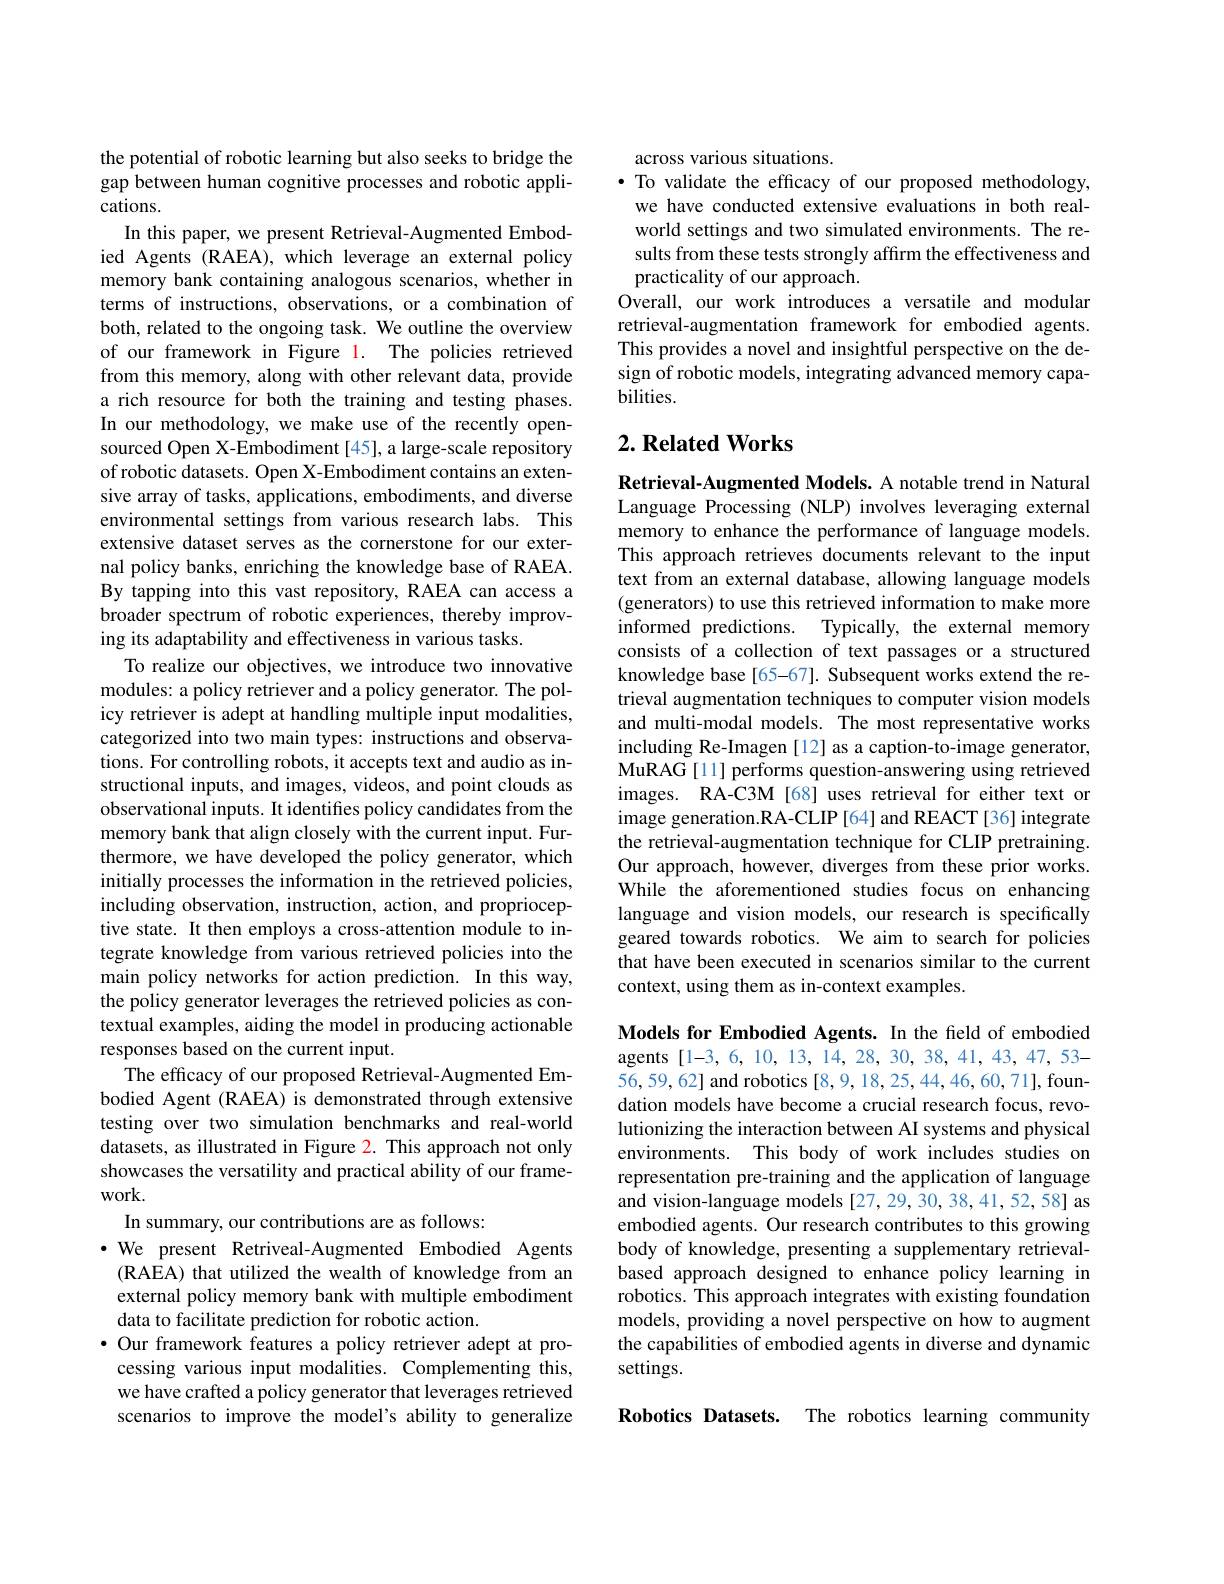
the potential of robotic learning but also seeks to bridge the gap between human cognitive processes and robotic applications.
In this paper, we present Retrieval-Augmented Embodied Agents (RAEA), which leverage an external policy memory bank containing analogous scenarios, whether in terms of instructions, observations, or a combination of both, related to the ongoing task. We outline the overview of our framework in Figure l. The policies retrieved from this memory, along with other relevant data, provide a rich resource for both the training and testing phases. In our methodology, we make use of the recently opensourced Open X-Embodiment [45], a large-scale repository of robotic datasets. Open X-Embodiment contains an extensive array of tasks, applications, embodiments, and diverse environmental settings from various research labs. This extensive dataset serves as the cornerstone for our external policy banks, enriching the knowledge base of RAEA. By tapping into this vast repository, RAEA can access a broader spectrum of robotic experiences, thereby improving its adaptability and effectiveness in various tasks.
To realize our objectives, we introduce two innovative modules: a policy retriever and a policy generator. The policy retriever is adept at handling multiple input modalities, categorized into two main types: instructions and observations. For controlling robots, it accepts text and audio as instructional inputs, and images, videos, and point clouds as observational inputs. It identifies policy candidates from the memory bank that align closely with the current input. Furthermore, we have developed the policy generator, which initially processes the information in the retrieved policies, including observation, instruction, action, and proprioceptive state. It then employs a cross-attention module to integrate knowledge from various retrieved policies into the main policy networks for action prediction. In this way, the policy generator leverages the retrieved policies as contextual examples, aiding the model in producing actionable responses based on the current input.
The efficacy of our proposed Retrieval-Augmented Embodied Agent (RAEA) is demonstrated through extensive testing over two simulation benchmarks and real-world datasets, as illustrated in Figure 2. This approach not only showcases the versatility and practical ability of our framework.
In summary, our contributions are as follows:
$\cdot$ We present Retriveal-Augmented Embodied Agents (RAEA) that utilized the wealth of knowledge from an external policy memory bank with multiple embodiment data to facilitate prediction for robotic action.
·Our framework features a policy retriever adept at processing various input modalities. Complementing this, we have crafted a policy generator that leverages retrieved scenarios to improve the model's ability to generalize

across various situations.
· To validate the efficacy of our proposed methodology,
we have conducted extensive evaluations in both realworld settings and two simulated environments. The results from these tests strongly affirm the effectiveness and practicality of our approach.
Overall, our work introduces a versatile and modular retrieval-augmentation framework for embodied agents. This provides a novel and insightful perspective on the design of robotic models, integrating advanced memory capabilities.

### $2. \textbf{Related Works}$

Retrieval-Augmented Models. A notable trend in Natural Language Processing (NLP) involves leveraging external memory to enhance the performance of language models. This approach retrieves documents relevant to the input text from an external database, allowing language models (generators) to use this retrieved information to make more informed predictions.
Typically, the external memory
consists of a collection of text passages or a structured knowledge base[65-67]. Subsequent works extend the retrieval augmentation techniques to computer vision models and multi-modal models. The most representative works including Re-Imagen[12] as a caption-to-image generator, MuRAG[11] performs question-answering using retrieved images. RA-C3M [68] uses retrieval for either text or image generation.RA-CLIP [64] and REACT[36] integrate the retrieval-augmentation technique for CLIP pretraining. Our approach, however, diverges from these prior works. While the aforementioned studies focus on enhancing language and vision models, our research is specifically geared towards robotics. We aim to search for policies that have been executed in scenarios similar to the current context, using them as in-context examples.

Models for Embodied Agents. In the field of embodied agents[1-3,6,10,13,14,28,30,38,41,43,47,53- 56,59,62] and robotics [8,9,18,25,44,46,60,71], foundation models have become a crucial research focus, revolutionizing the interaction between AI systems and physical environments. This body of work includes studies on representation pre-training and the application of language and vision-language models [27,29,30,38,41,52,58] as embodied agents. Our research contributes to this growing body of knowledge, presenting a supplementary retrievalbased approach designed to enhance policy learning in robotics. This approach integrates with existing foundation models, providing a novel perspective on how to augment the capabilities of embodied agents in diverse and dynamic settings.

Robotics Datasets. The robotics learning community